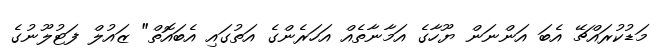
މަޑުކުރައްޗޭ އެބަ އަންނަން ޔޫހާގެ އަމާނާތެއް އަހަރެންގެ އަތުގައި އެބައޮތް" ޒައުލް ފަޓުލޫނުގެ